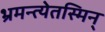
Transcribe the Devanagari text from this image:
भ्रमन्त्येतस्मिन्